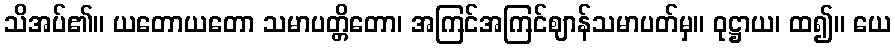
သိအပ်၏။ ယတောယတော သမာပတ္တိတော၊ အကြင်အကြင်ဈာန်သမာပတ်မှ။ ဝုဋ္ဌာယ၊ ထ၍။ ယေ